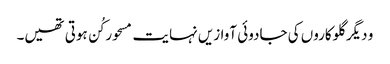
و دیگر گلوکاروں کی جادوئی آوازیں نہایت مسحور کُن ہوتی تھیں۔